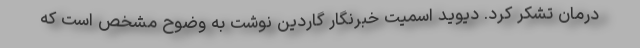
درمان تشکر کرد. دیوید اسمیت خبرنگار گاردین نوشت به وضوح مشخص است که